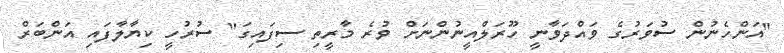
"އަންހެނުން ސުވަރުގެ ވައްދަވާނީ ހޫރަލްއީނުންނަށް ވުރެ މާރީތި ސިފައިގަ" ސުރުހީ ކިޔާލާފައި އަންބަރް